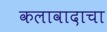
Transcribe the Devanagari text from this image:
कलावादाचा